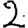
Digit: 2